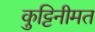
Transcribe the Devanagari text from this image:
कुट्टिनीमत